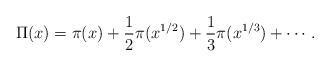
\begin{align*} \Pi(x)=\pi(x)+\frac{1}{2}\pi(x^{1/2})+\frac{1}{3}\pi(x^{1/3})+\cdots.\end{align*}